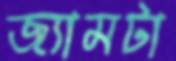
জ্যামটা